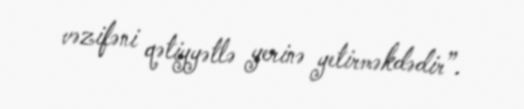
vəzifəni qətiyyətlə yerinə yetirməkdədir”.